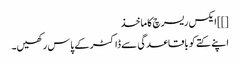
[]] ایکس ریسرچ کا ماخذ
اپنے کتے کو باقاعدگی سے ڈاکٹر کے پاس رکھیں۔